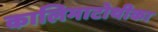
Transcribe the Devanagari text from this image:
कालिमाटोथीका